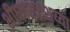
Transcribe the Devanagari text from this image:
भीष्मशरशय्या